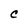
Character: C